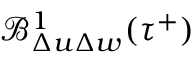
\mathcal { B } _ { \Delta u \Delta w } ^ { 1 } ( \tau ^ { + } )